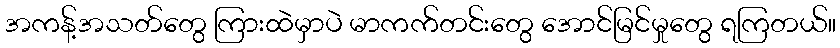
အကန့်အသတ်တွေ ကြားထဲမှာပဲ မာကက်တင်းတွေ အောင်မြင်မှုတွေ ရကြတယ်။